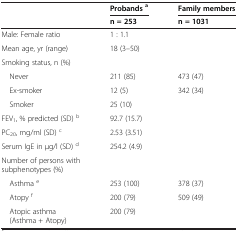
<table><thead><tr><td>[EMPTY_CELL]</td><td><b>Probands<sup>a</sup></b></td><td><b>Family members</b></td></tr><tr><td>[EMPTY_CELL]</td><td><b>n = 253</b></td><td><b>n = 1031</b></td></tr></thead><tbody><tr><td>Male: Female ratio</td><td>1 : 1.1</td><td>[EMPTY_CELL]</td></tr><tr><td>Mean age, yr (range)</td><td>18 (3–50)</td><td>[EMPTY_CELL]</td></tr><tr><td>Smoking status, n (%)</td><td>[EMPTY_CELL]</td><td>[EMPTY_CELL]</td></tr><tr><td> Never</td><td>211 (85)</td><td>473 (47)</td></tr><tr><td> Ex-smoker</td><td>12 (5)</td><td>342 (34)</td></tr><tr><td> Smoker</td><td>25 (10)</td><td>[EMPTY_CELL]</td></tr><tr><td>FEV<sub>1</sub>, % predicted (SD) <sup>b</sup></td><td>92.7 (15.7)</td><td>[EMPTY_CELL]</td></tr><tr><td>PC<sub>20</sub>, mg/ml (SD) <sup>c</sup></td><td>2.53 (3.51)</td><td>[EMPTY_CELL]</td></tr><tr><td>Serum IgE in μg/l (SD) <sup>d</sup></td><td>254.2 (4.9)</td><td>[EMPTY_CELL]</td></tr><tr><td>Number of persons with subphenotypes (%)</td><td>[EMPTY_CELL]</td><td>[EMPTY_CELL]</td></tr><tr><td> Asthma <sup>e</sup></td><td>253 (100)</td><td>378 (37)</td></tr><tr><td> Atopy <sup>f</sup></td><td>200 (79)</td><td>509 (49)</td></tr><tr><td> Atopic asthma (Asthma + Atopy)</td><td>200 (79)</td><td>[EMPTY_CELL]</td></tr></tbody></table>